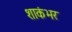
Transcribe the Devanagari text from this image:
शाकंभर